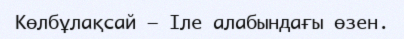
Көлбұлақсай – Іле алабындағы өзен.